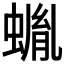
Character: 𧎠